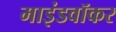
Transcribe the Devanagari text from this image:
माइंडवॉकर